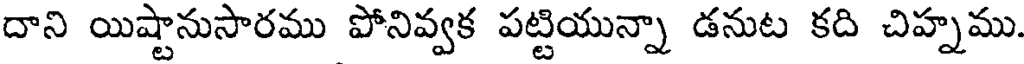
దాని యిష్టానుసారము పోనివ్వక పట్టియున్నా డనుట కది చిహ్నము.